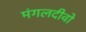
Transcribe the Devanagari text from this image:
मंगलदीवो